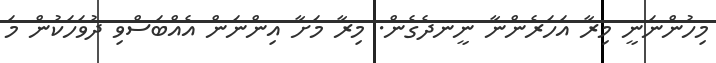
މިހުންނަނީ މިރާ އަހަރެންނާ ނީނދެގެން. މިރާ މަށާ އިންނަން އެއްބަސްވި ދުވަހަކުން މަ